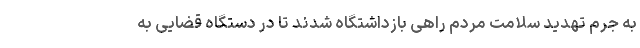
به جرم تهدید سلامت مردم راهی بازداشتگاه شدند تا در دستگاه قضایی به